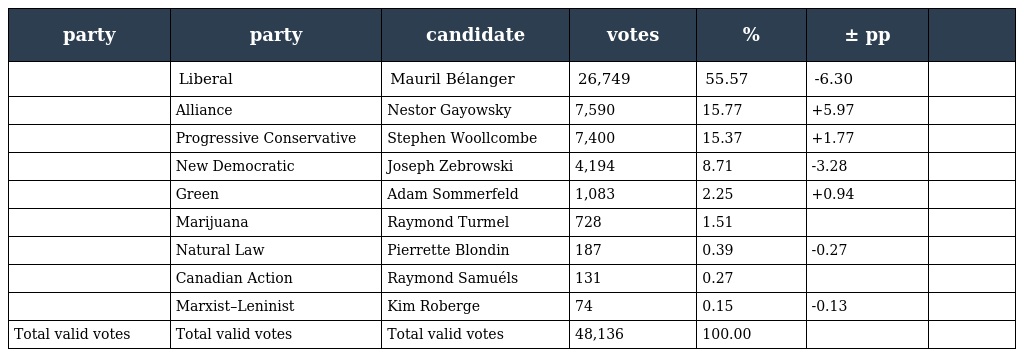
| party | party | candidate | votes | % | ± pp |  |
 | --- | --- | --- | --- | --- | --- | --- |
 |  | Liberal | Mauril Bélanger | 26,749 | 55.57 | -6.30 |  |
 |  | Alliance | Nestor Gayowsky | 7,590 | 15.77 | +5.97 |  |
 |  | Progressive Conservative | Stephen Woollcombe | 7,400 | 15.37 | +1.77 |  |
 |  | New Democratic | Joseph Zebrowski | 4,194 | 8.71 | -3.28 |  |
 |  | Green | Adam Sommerfeld | 1,083 | 2.25 | +0.94 |  |
 |  | Marijuana | Raymond Turmel | 728 | 1.51 |  |  |
 |  | Natural Law | Pierrette Blondin | 187 | 0.39 | -0.27 |  |
 |  | Canadian Action | Raymond Samuéls | 131 | 0.27 |  |  |
 |  | Marxist–Leninist | Kim Roberge | 74 | 0.15 | -0.13 |  |
 | Total valid votes | Total valid votes | Total valid votes | 48,136 | 100.00 |  |  |